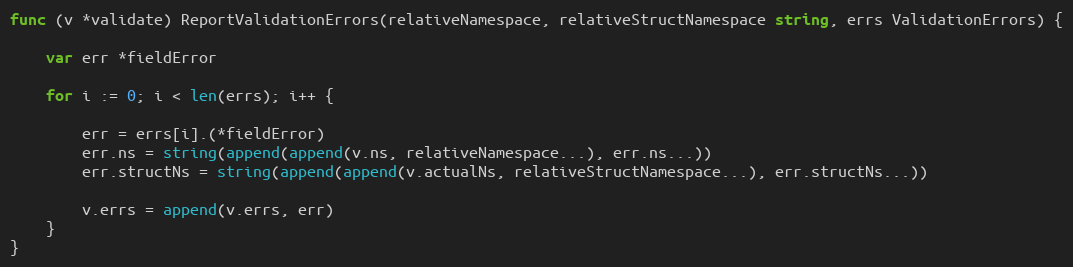
Language: Go
func (v *validate) ReportValidationErrors(relativeNamespace, relativeStructNamespace string, errs ValidationErrors) {

	var err *fieldError

	for i := 0; i < len(errs); i++ {

		err = errs[i].(*fieldError)
		err.ns = string(append(append(v.ns, relativeNamespace...), err.ns...))
		err.structNs = string(append(append(v.actualNs, relativeStructNamespace...), err.structNs...))

		v.errs = append(v.errs, err)
	}
}